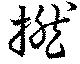
撚